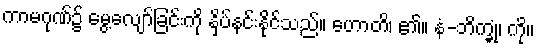
ကာမဂုဏ်၌ မွေ့လျော်ခြင်းကို နှိပ်နင်းနိုင်သည်။ ဟောတိ၊ ၏။ နံ-ဘိက္ခုံ၊ ကို။